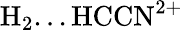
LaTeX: \mathrm{H_{2}...HCCN^{2+}}